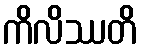
ကိလိဿတိ